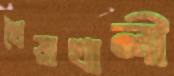
খৈয়াখালী